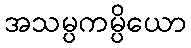
အသမ္ပကမ္ပိယော